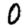
Digit: 0